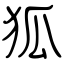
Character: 狐